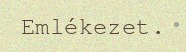
Emlékezet.